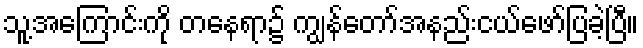
သူ့အကြောင်းကို တနေရာ၌ ကျွန်တော်အနည်းငယ်ဖော်ပြခဲ့ပြီ။